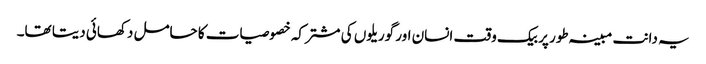
یہ دانت مبینہ طور پر بیک وقت انسان اور گوریلوں کی مشترکہ خصوصیات کا حامل دکھائی دیتا تھا۔